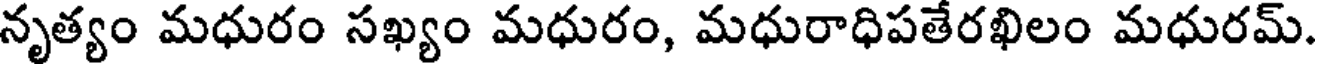
నృత్యం మధురం సఖ్యం మధురం, మధురాధిపతేరఖిలం మధురమ్.